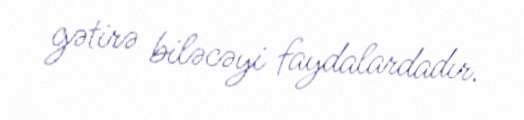
gətirə biləcəyi faydalardadır.